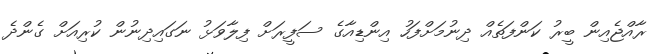
ރާއްޖެއިން ބީރު ކަންފަތެއް ދިނުމަށްފަހު އިންޑިއާގެ ސަފީރަށް ފިލާވަޅު ނަގައިދިނުން ކުރިއަށް ގެންދެ